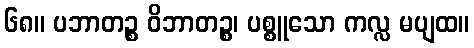
၆၈။ ပဘာတဉ္စ ဝိဘာတဉ္စ၊ ပစ္စူသော ကလ္လ မပျထ။